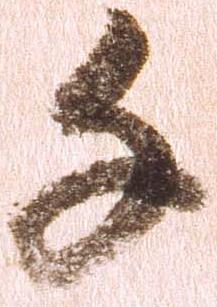
千